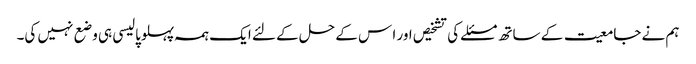
ہم نے جامعیت کے ساتھ مسئلے کی تشخیص اور ا س کے حل کے لئے ایک ہمہ پہلوپالیسی ہی وضع نہیں کی۔